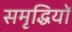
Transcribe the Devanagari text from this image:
समृद्धियों